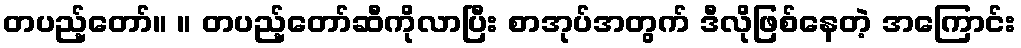
တပည့်တော်။ ။ တပည့်တော်ဆီကိုလာပြီး စာအုပ်အတွက် ဒီလိုဖြစ်နေတဲ့ အကြောင်း